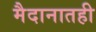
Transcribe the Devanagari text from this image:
मैदानातही